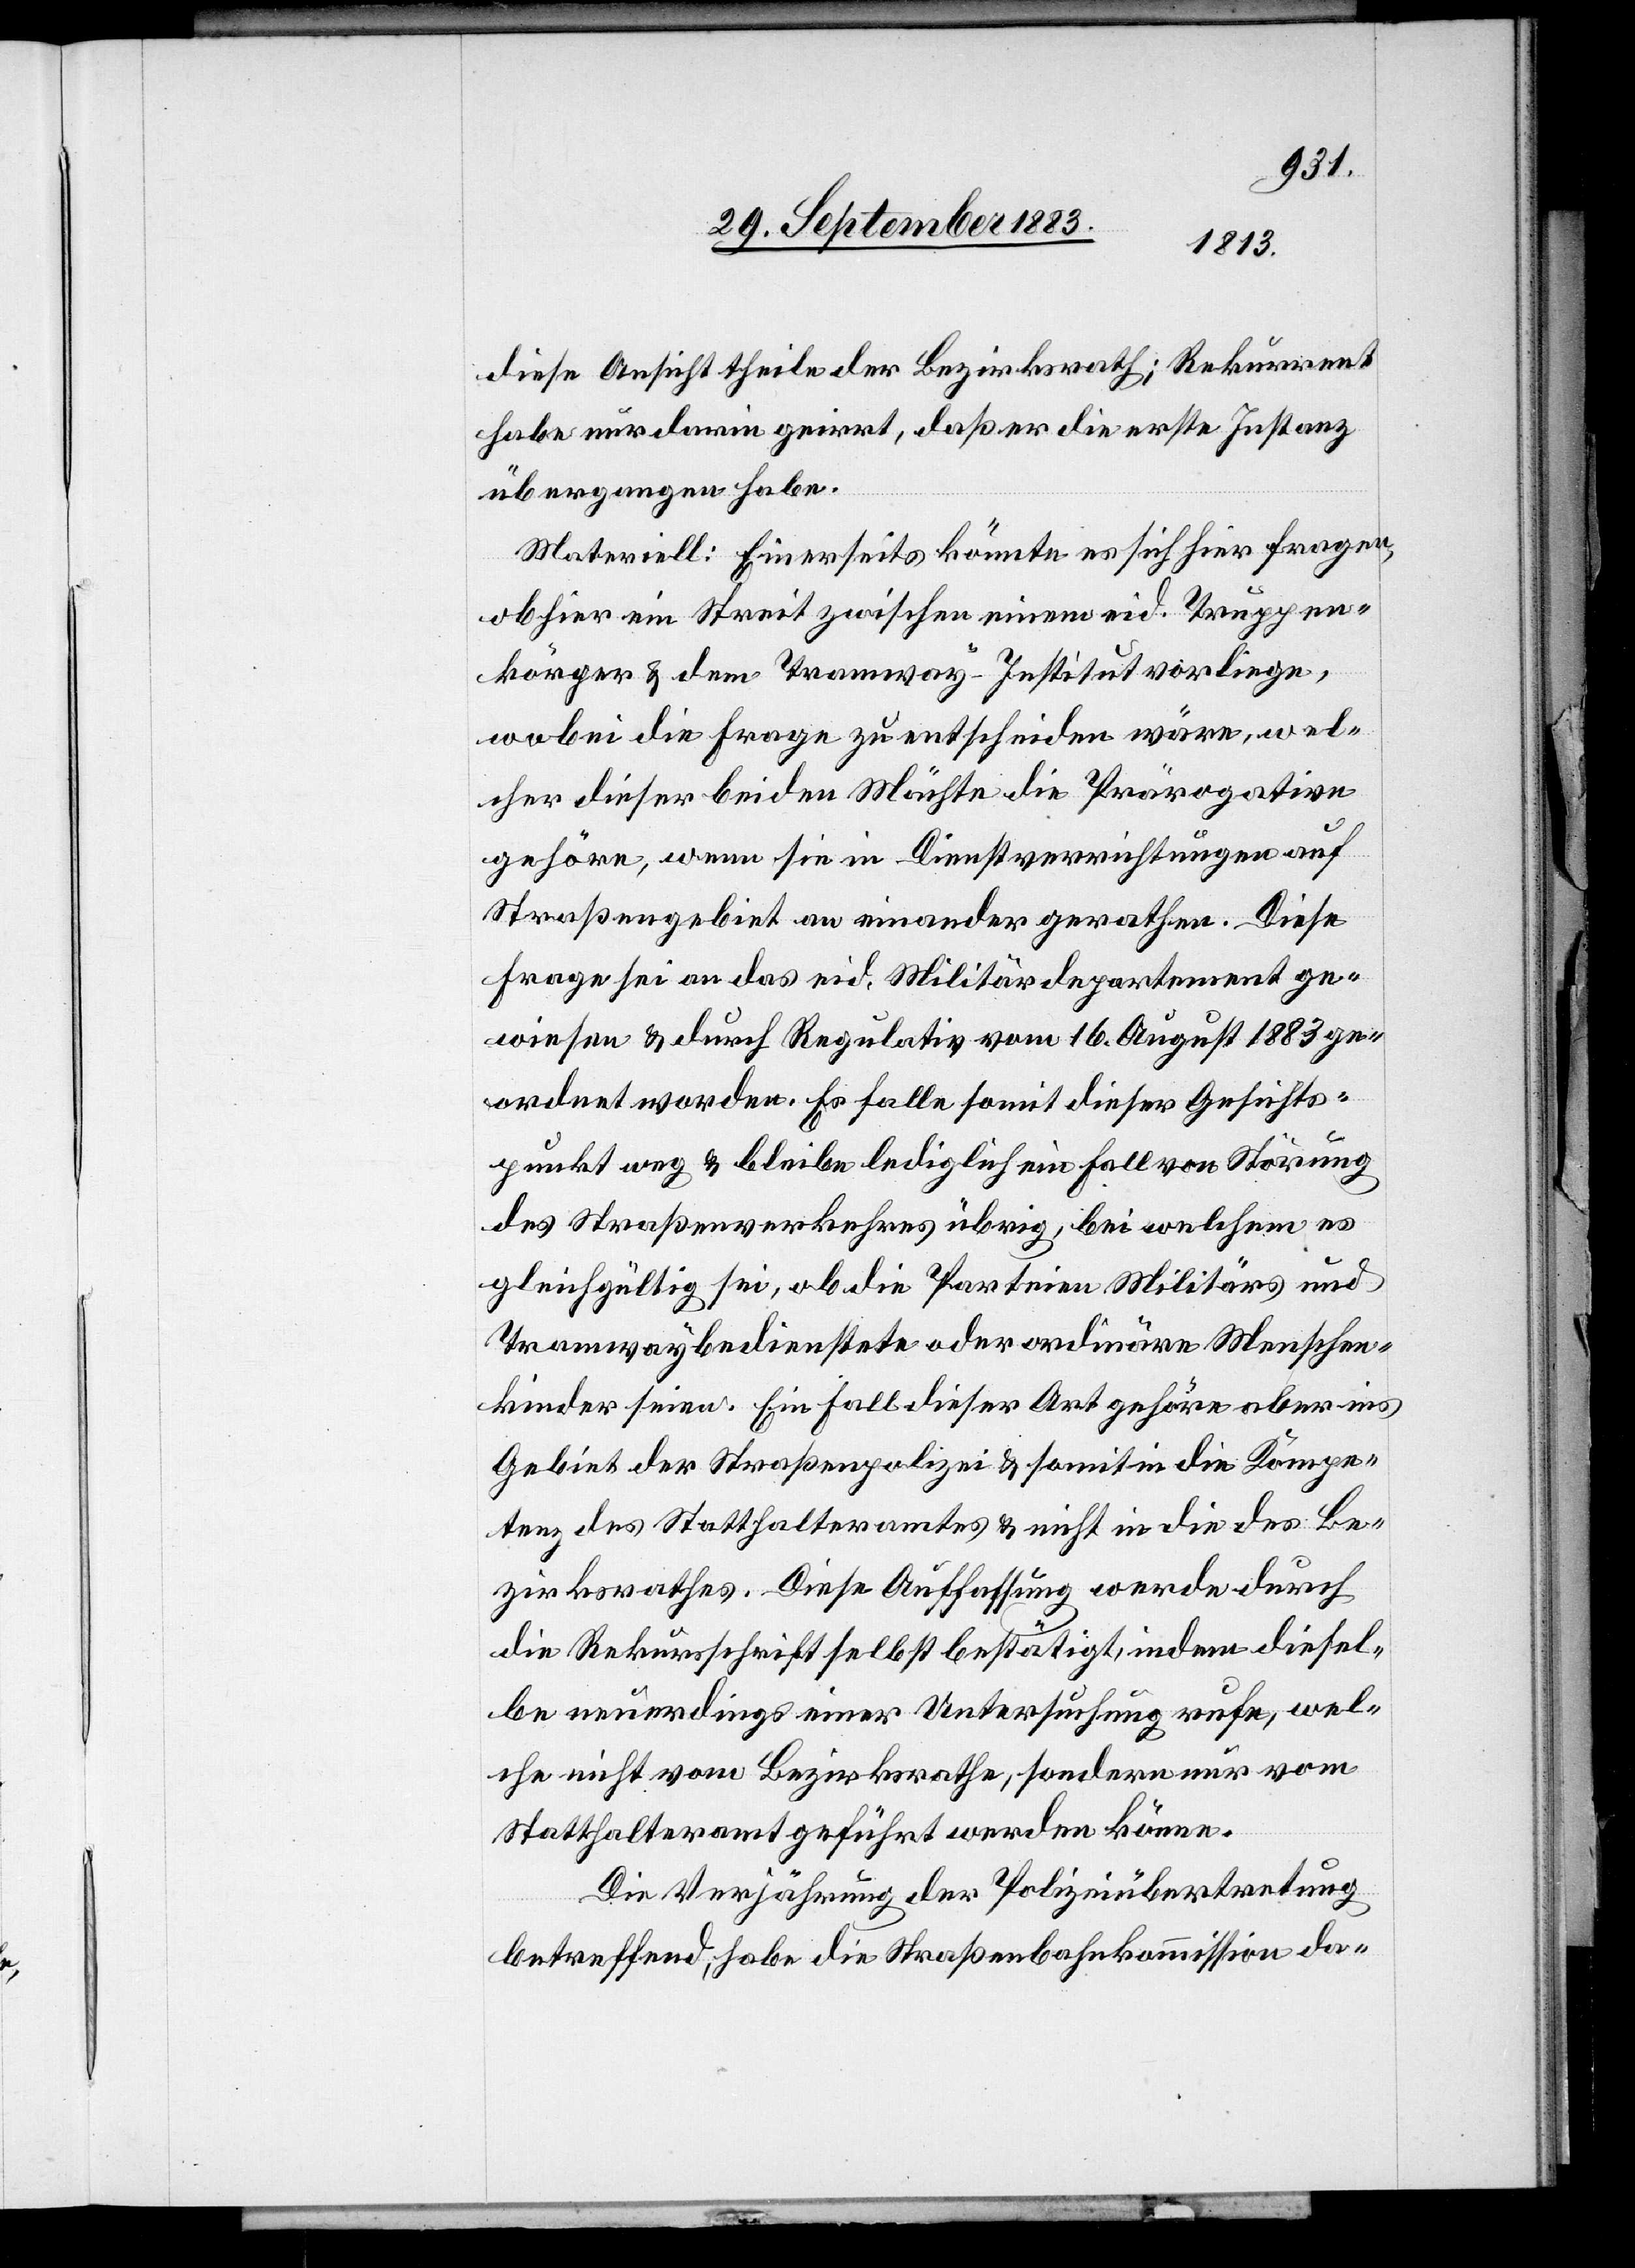
diese Ansicht theile der Bezirksrath; Rekurrent
habe nur darin geirrt, daß er die erste Instanz
übergangen habe.
Materiell: Einerseits könnte es sich hier fragen,
ob hier ein Streit zwischen einem eid. Truppen¬
körper & dem Tramway-Institut vorliege,
wobei die Frage zu entscheiden wäre, wel¬
cher dieser beiden Mächte die Prärogative
gehöre, wenn sie in Dienstverrichtungen auf
Straßengebiet aneinander gerathen. Diese
Frage sei an das eid. Militärdepartement ge¬
wiesen & durch Regulativ vom 16. Augusts 1883 ge¬
ordnet worden. Es falle somit dieser Gesichts¬
punkt weg & bleibe lediglich ein Fall von Störung
des Straßenverkehres übrig, bei welchem es
gleichgültig sei, ob die Parteien Militärs und
Tramwaybedienstete oder ordinäre Menschen¬
kinder seien. Ein Fall dieser Art gehöre aber ins
Gebiet der Straßenpolizei & somit in die Kompe¬
tenz des Statthalteramtes & nicht in die des Be¬
zirksrathes. Diese Auffassung werde durch
die Rekursschrift selbst bestätigt, indem diesel¬
be neuerdings einer Untersuchung rufe, wel¬
che nicht vom Bezirksrathe, sondern nur vom
Statthalteramt geführt werden könne.
Die Verjährung der Polizeiübertretung
betreffend, habe die Straßenbahnkommission da-